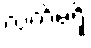
လက်မရှိ